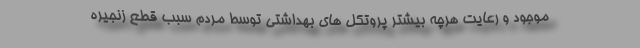
موجود و رعایت هرچه بیشتر پروتکل های بهداشتی توسط مردم سبب قطع زنجیره